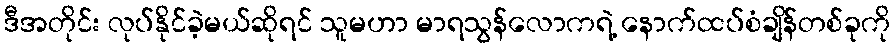
ဒီအတိုင်း လုပ်နိုင်ခဲ့မယ်ဆိုရင် သူမဟာ မာရသွန်လောကရဲ့ နောက်ထပ်စံချိန်တစ်ခုကို